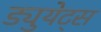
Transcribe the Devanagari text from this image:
ड्युयेट्स